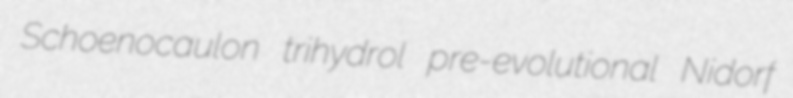
Schoenocaulon trihydrol pre-evolutional Nidorf